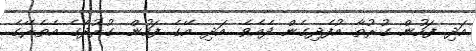
އަދި ފަހުން ގުރުތާ އުފެދިގެން ދެއެވެ. އަދި އޭގެ ފަހުން ގުރުދާގެ އެތެރޭގެ